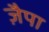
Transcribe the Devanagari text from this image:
ज़ैपा